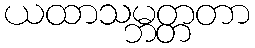
ယထာသမ္ဘတ္တတာ